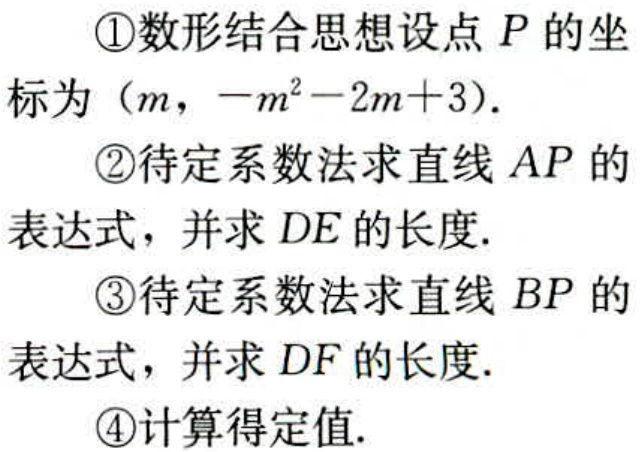
\textcircled{1}数形结合思想设点 \(P\) 的坐标为 \((m, -m^{2}-2m + 3)\).
\textcircled{2}待定系数法求直线 \(AP\) 的表达式，并求 \(DE\) 的长度.
\textcircled{3}待定系数法求直线 \(BP\) 的表达式，并求 \(DF\) 的长度.
\textcircled{4}计算得定值.